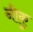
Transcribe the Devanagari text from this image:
नीकु